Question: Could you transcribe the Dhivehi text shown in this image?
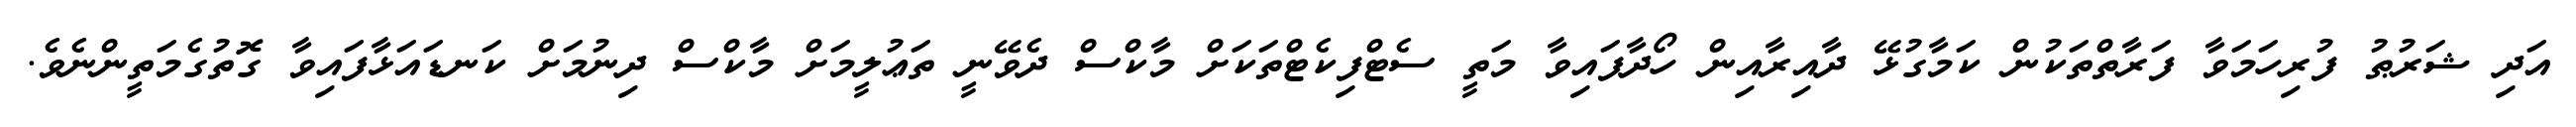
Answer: އަދި ޝަރުޠު ފުރިހަމަވާ ފަރާތްތަކުން ކަމާގުޅޭ ދާއިރާއިން ހޯދާފައިވާ މަތީ ސެޓްފިކެޓްތަކަށް މާކްސް ދެވޭނީ ތަޢުލީމަށް މާކްސް ދިނުމަށް ކަނޑައަޅާފައިވާ ގޮތުގެމަތީންނެވެ.